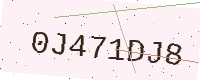
Text: 0J471DJ8